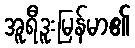
အူရီဒူးမြန်မာ၏